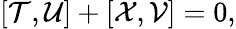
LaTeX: [{\cal T},{\cal U}]+[{\cal X},{\cal V}]=0,